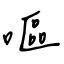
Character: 嘔